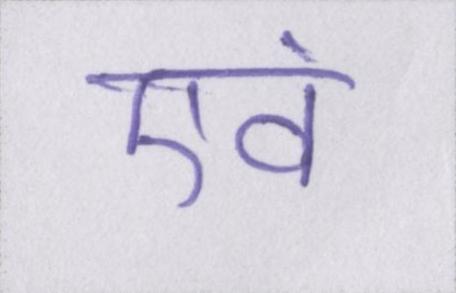
एवं